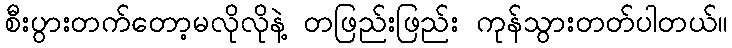
စီးပွားတက်တော့မလိုလိုနဲ့ တဖြည်းဖြည်း ကုန်သွားတတ်ပါတယ်။